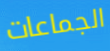
الجماعات